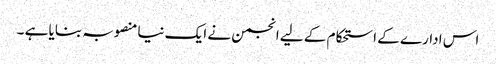
اس ادارے کے ا ستحکام کے لیے انجمن نے ایک نیا منصوبہ بنایا ہے ۔